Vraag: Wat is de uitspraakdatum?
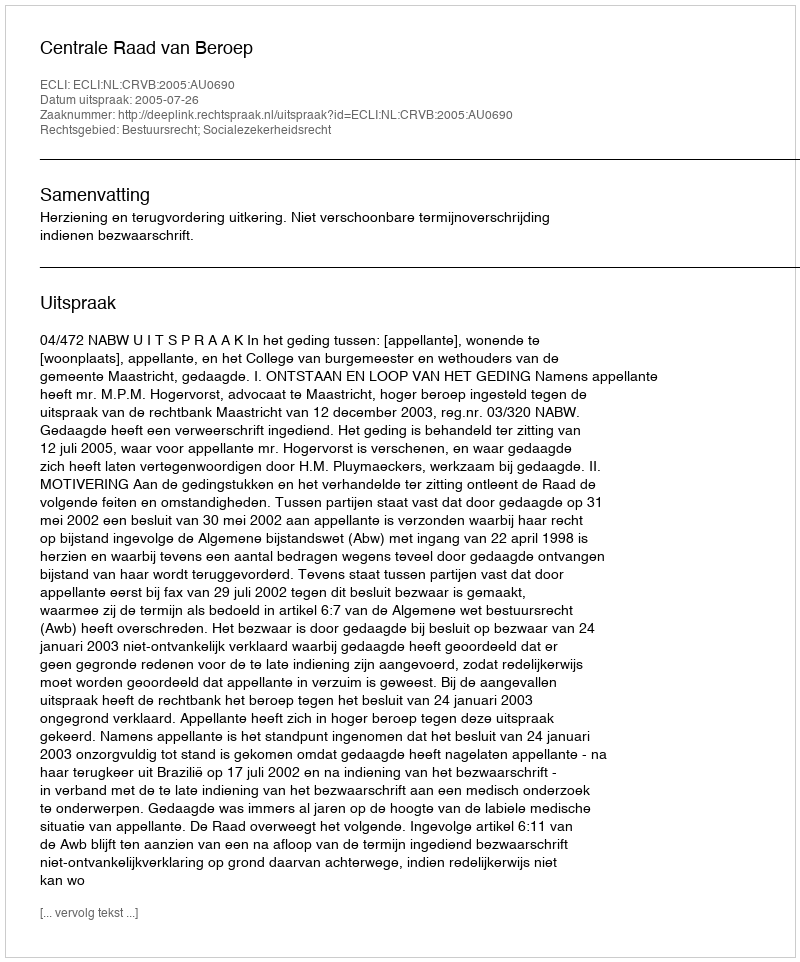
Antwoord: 2005-07-26